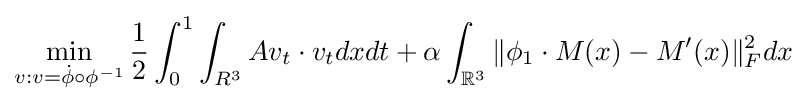
\min _{v:v={\dot {\phi }}\circ \phi ^{-1}}{\frac {1}{2}}\int _{0}^{1}\int _{R^{3}}Av_{t}\cdot v_{t}dxdt+\alpha \int _{{\mathbb {R} }^{3}}\|\phi _{1}\cdot M(x)-M^{\prime }(x)\|_{F}^{2}dx